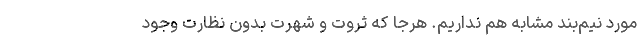
مورد نیم‌بند مشابه هم نداریم. هرجا که ثروت و شهرت بدون نظارت وجود